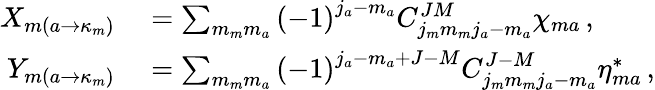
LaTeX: \begin{array}{rl}{X_{m\left(a\rightarrow\kappa_{m}\right)}}&{{}=\sum_{m_{m}m_{a}}\left(-1\right)^{j_{a}-m_{a}}C_{j_{m}m_{m}j_{a}-m_{a}}^{JM}\chi_{ma}\, ,}\\ {Y_{m\left(a\rightarrow\kappa_{m}\right)}}&{{}=\sum_{m_{m}m_{a}}\left(-1\right)^{j_{a}-m_{a}+J-M}C_{j_{m}m_{m}j_{a}-m_{a}}^{J-M}\eta_{ma}^{*}\, ,}\end{array}